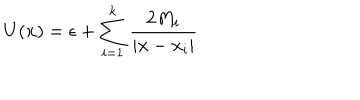
U ( { \bf x } ) = \epsilon + \sum _ { i = 1 } ^ { k } \frac { 2 M _ { i } } { | { \bf x } - { \bf x } _ { i } | }